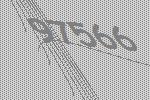
97566